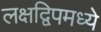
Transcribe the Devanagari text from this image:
लक्षद्विपमध्ये